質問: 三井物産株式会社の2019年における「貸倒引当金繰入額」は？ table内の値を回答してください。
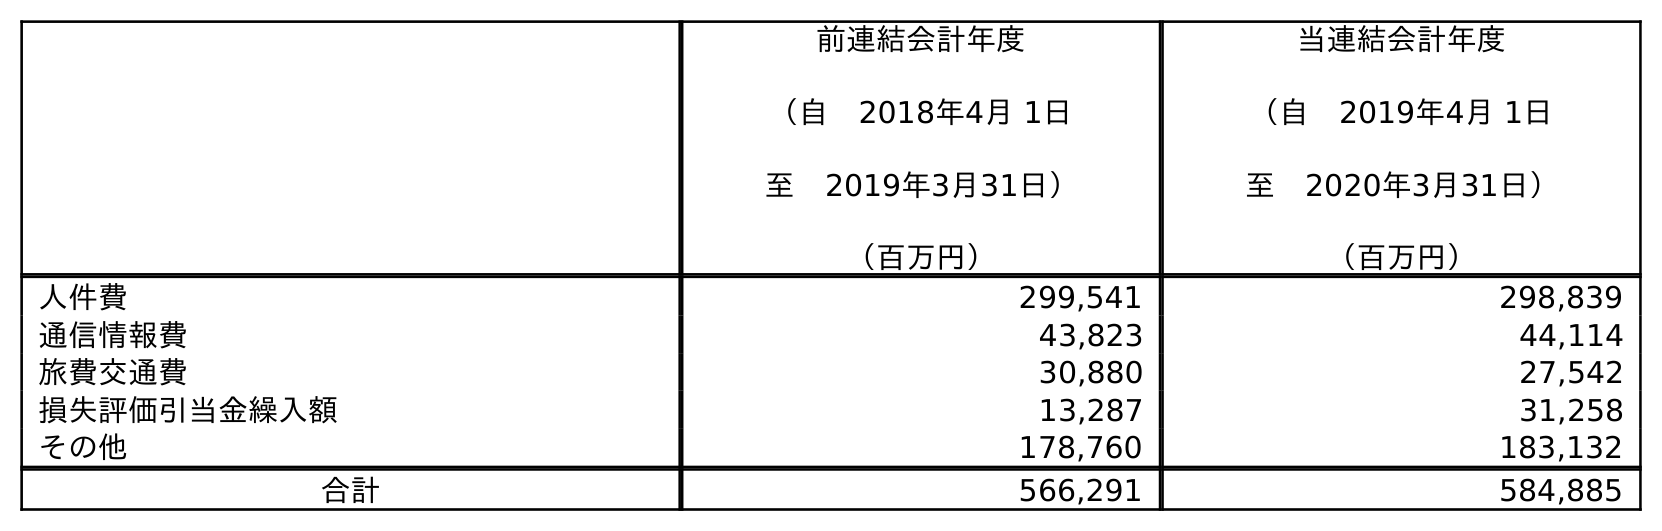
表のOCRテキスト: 前連結会計年度 （自 2018年4月 1日 至 2019年3月31日） （百万円） 当連結会計年度 （自 2019年4月 1日 至 2020年3月31日） （百万円） 人件費 299,541 298,839 通信情報費 43,823 44,114 旅費交通費 30,880 27,542 損失評価引当金繰入額 13,287 31,258 その他 178,760 183,132 合計 566,291 584,885
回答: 13,287